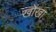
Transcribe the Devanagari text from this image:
खोंखा